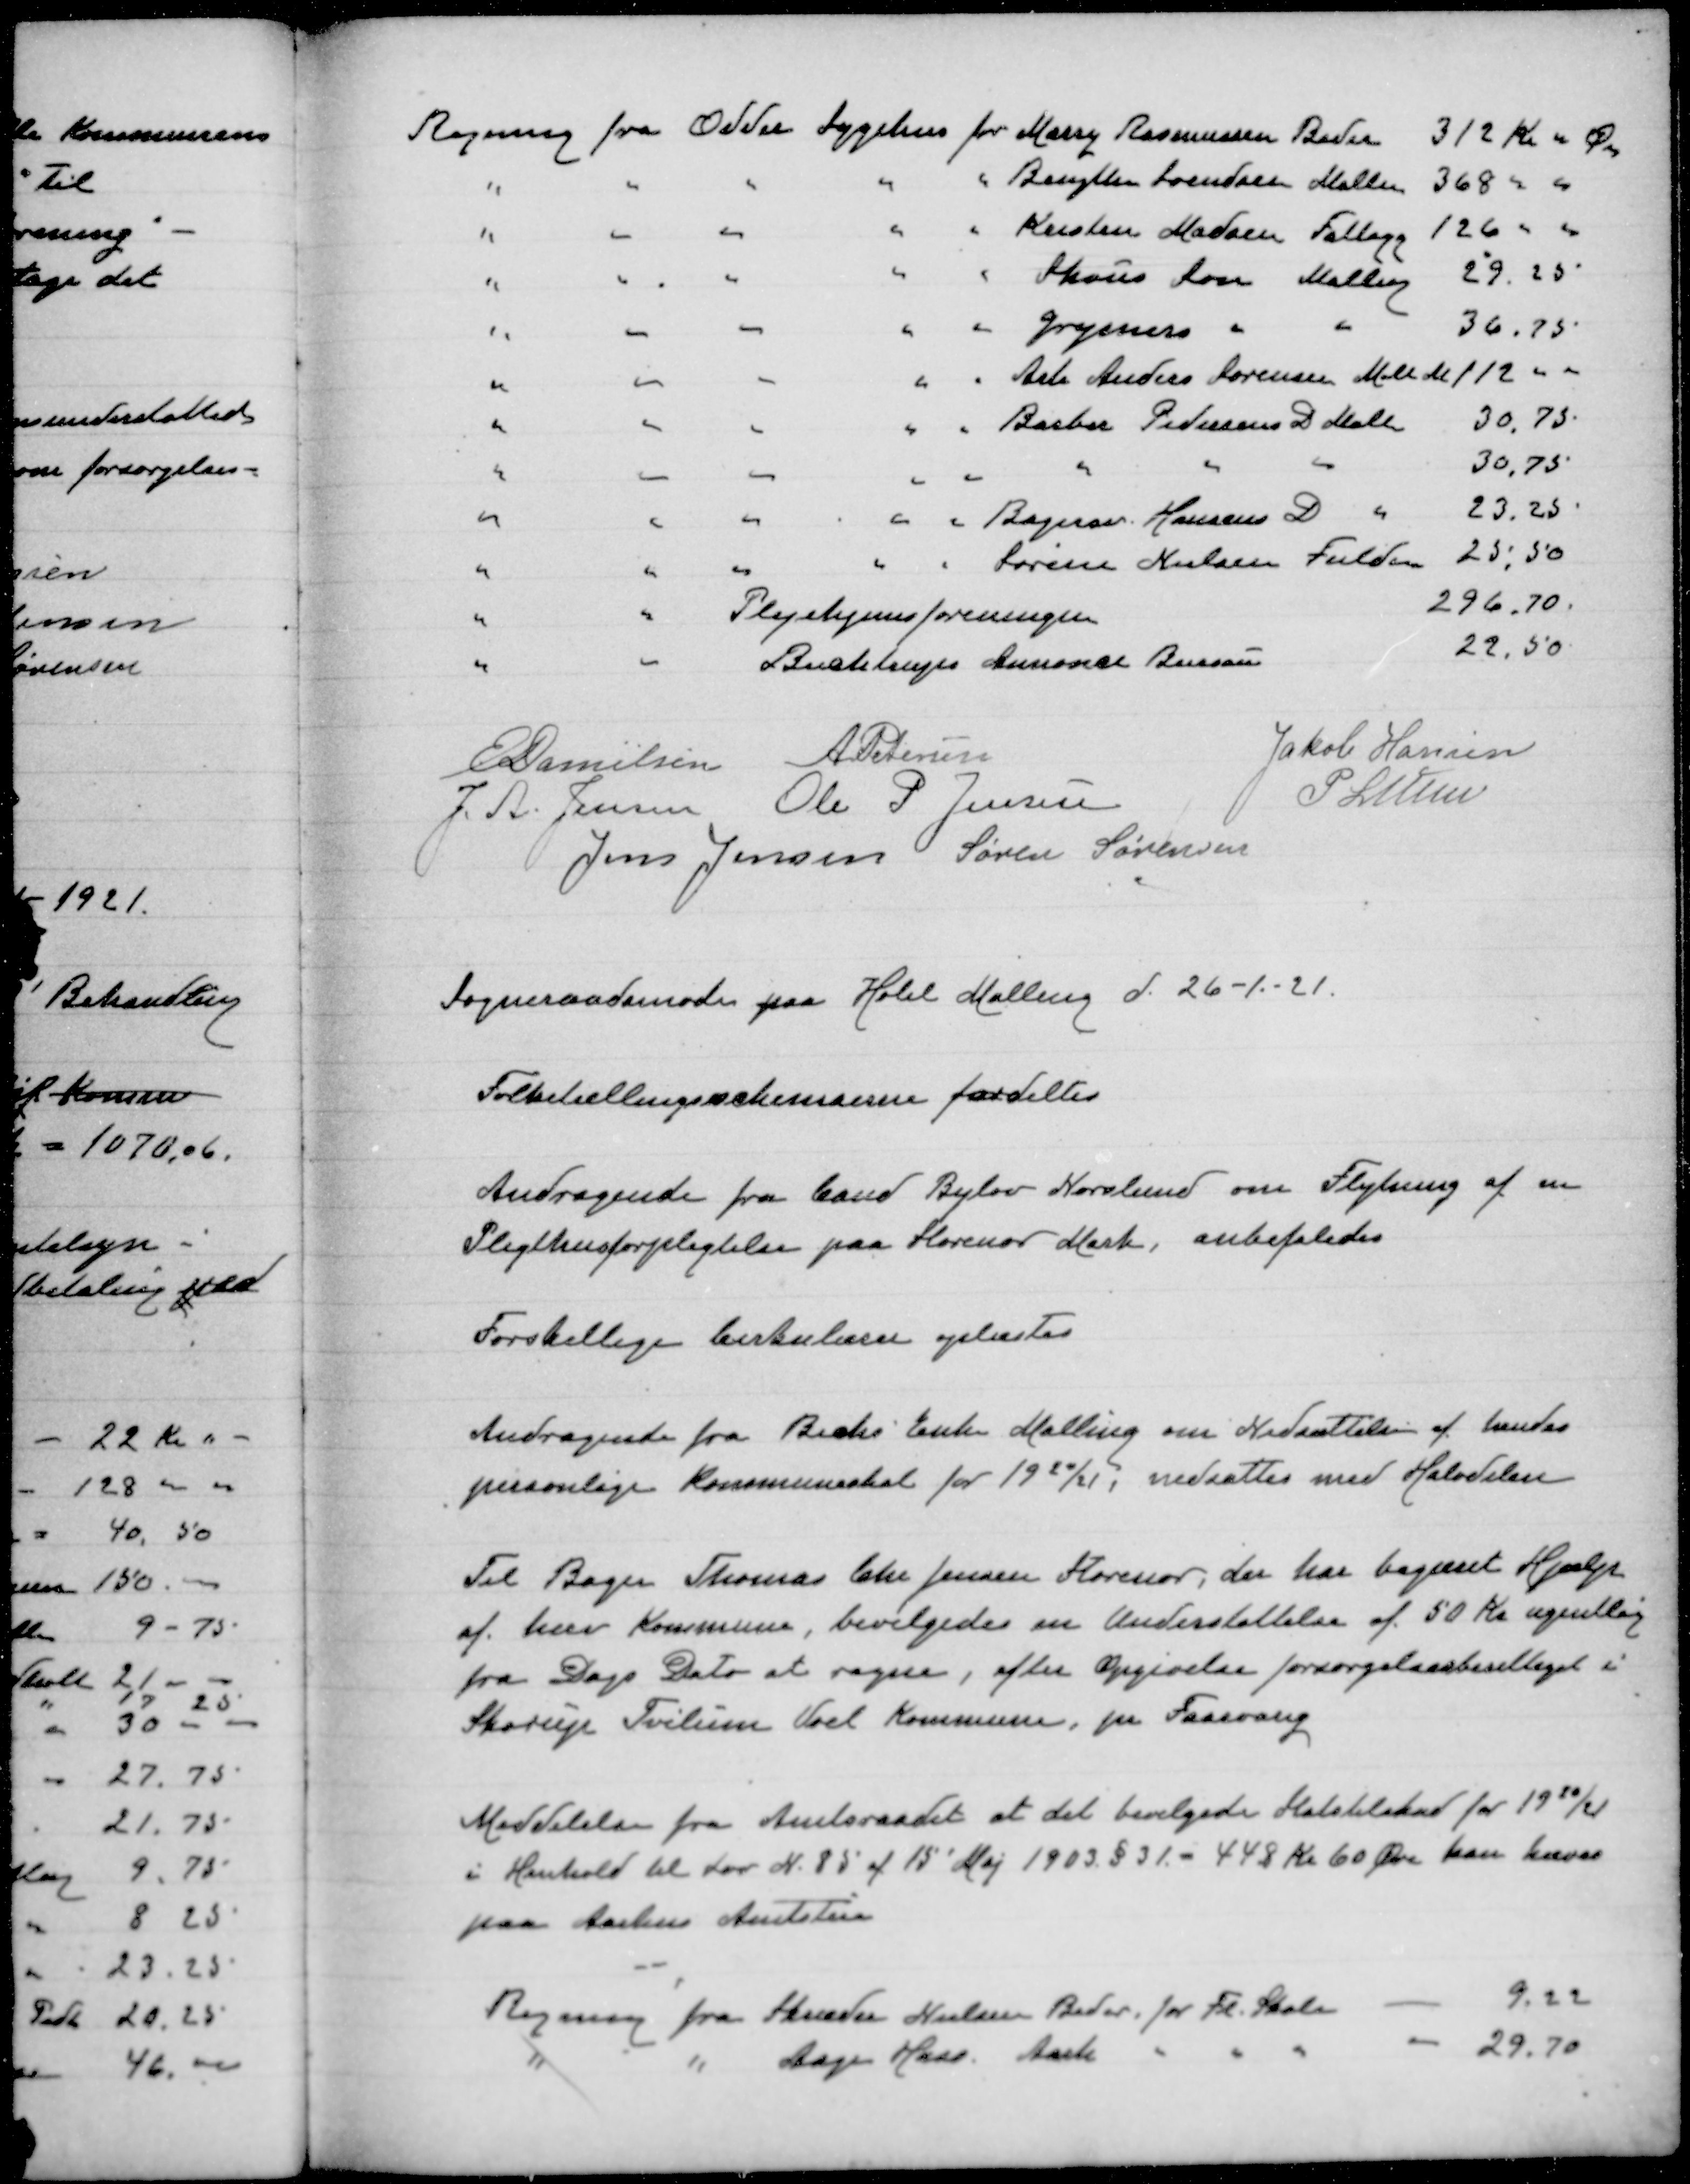
Transskription:
E Danielsen
A Petersen
Jakob Hansen
J. A. Jensen
Ole P Jensen
P Lunn
Jens Jensen
Søren Sørensen

Sogneraadsmøde paa Hotel Malling d. 26-1-21

Folketællingsskemaerne fordeltes

Andragende fra Cand Bylov Norslund om Flytning af en
Pligthusforpligtelse paa Storenor Mark, anbefaledes

Forskellige Cirkulærer oplæstes

Andragende fra Richs Enke Malling om Nedsættelse af hendes
personlige Kommuneskat for 1920/21; nedsattes med Halvdelen

Til Bager Thomas Chr Jensen Storenor, der har begæret Hjælp
af her Kommune, bevilgedes en Understøttelse af 50 Kr ugentlig
fra Dags Dato at regne, efter opgivelse forsørgelsesberettiget i
Skorup Tvilum Voel Kommune, pr. Faarvang

Meddelelse fra Amtsraadet at det bevilgedes Skoletilskud for 1920/21
i Henhold til Lov N. 85 af 15' Maj 1903 § 31 - 448 Kr 60 Øre kan hæves
paa Aarhus Amtstue